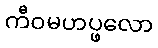
ကီဝမဟပ္ဖလော